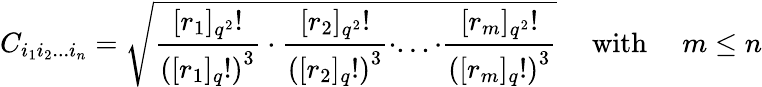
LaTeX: C_{i_{1}i_{2}...i_{n}}=\sqrt{\frac{[r_{1}]_{q^{2}}!}{\left([r_{1}]_{q}!\right)^{3}}\cdot\frac{[r_{2}]_{q^{2}}!}{\left([r_{2}]_{q}!\right)^{3}}\cdot...\cdot\frac{[r_{m}]_{q^{2}}!}{\left([r_{m}]_{q}!\right)^{3}}}\mathrm{\quad~with~\quad}m\le n